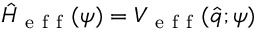
\hat { H } _ { \mathrm { ~ e ~ f ~ f ~ } } ( \psi ) = V _ { \mathrm { ~ e ~ f ~ f ~ } } ( \hat { q } ; \psi )